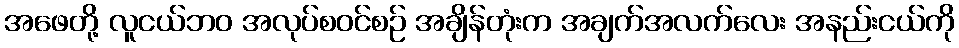
အဖေတို့ လူငယ်ဘဝ အလုပ်စဝင်စဉ် အချိန်တုံးက အချက်အလက်လေး အနည်းငယ်ကို